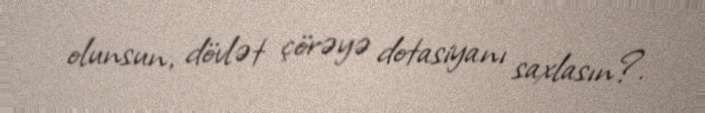
olunsun, dövlət çörəyə dotasiyanı saxlasın?.